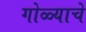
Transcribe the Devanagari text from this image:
गोळ्याचे